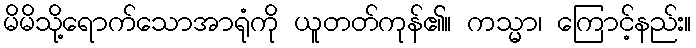
မိမိသို့ရောက်သောအာရုံကို ယူတတ်ကုန်၏။ ကသ္မာ၊ ကြောင့်နည်း။